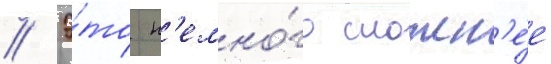
// Э́то н'емно́го сложн'е́е